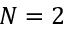
N = 2